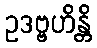
ဥဒဗ္ဗဟိန္တိ